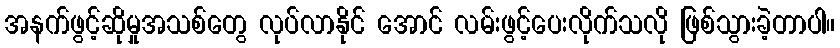
အနက်ဖွင့်ဆိုမှုအသစ်တွေ လုပ်လာနိုင် အောင် လမ်းဖွင့်ပေးလိုက်သလို ဖြစ်သွားခဲ့တာပါ။